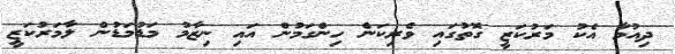
ދިއުމާ އެކު މަރުކަޒީ ގޮތުގައި ވެރިކަން ހިންގަމުން އައި ނިޒާމު މަޑުމަޑުން ލާމަރުކަޒީ